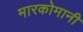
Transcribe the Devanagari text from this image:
मारकोमानी